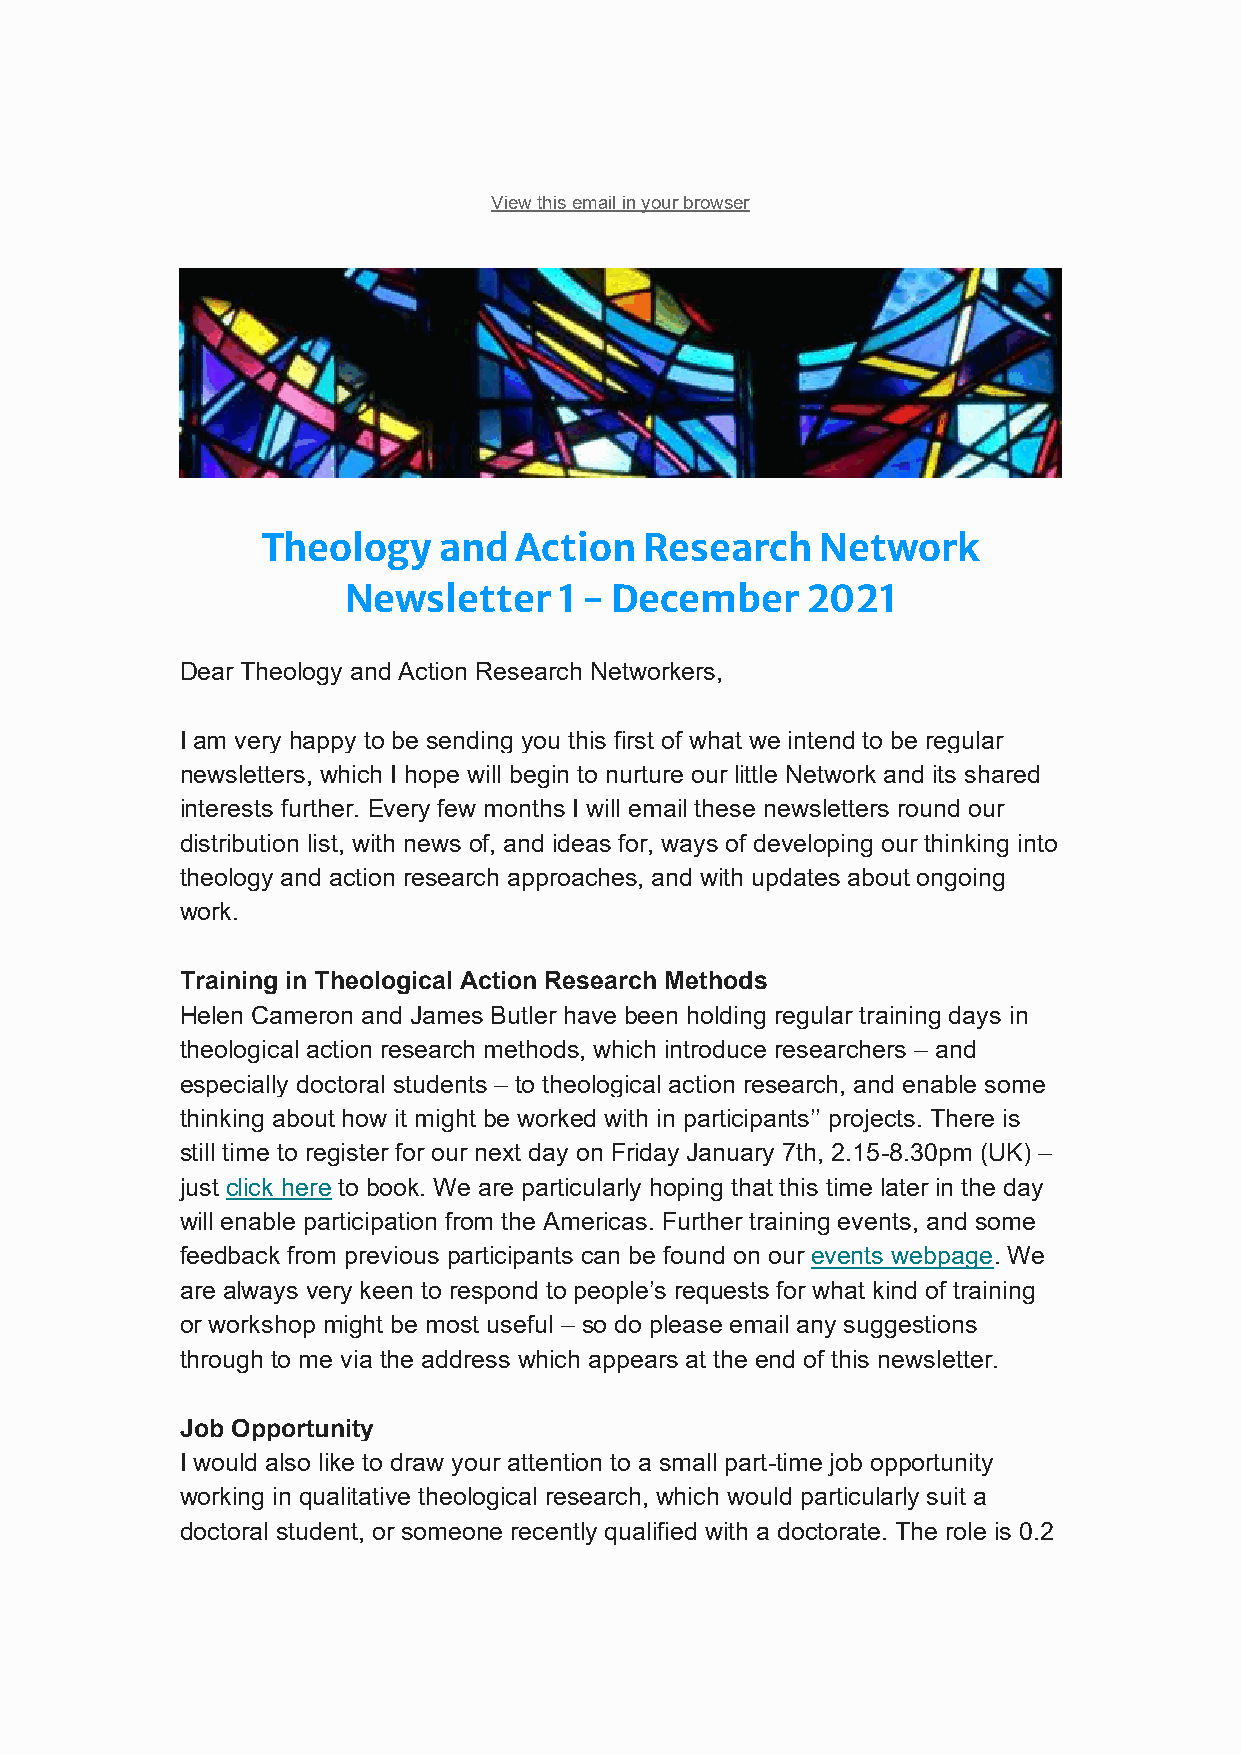
View this email in your browser
 Theology    and  Action   Research   Network
 Newsletter    1 - December    2021
 Dear Theology and Action Research Networkers,
 I am very happy to be sending you this first of what we intend to be regular
 newsletters, which I hope will begin to nurture our little Network and its shared
 interests further. Every few months I will email these newsletters round our
 distribution list, with news of, and ideas for, ways of developing our thinking into
 theology and action research approaches, and with updates about ongoing
 work.
 Training in Theological Action Research Methods
 Helen Cameron and James Butler have been holding regular training days in
 theological action research methods, which introduce researchers – and
 especially doctoral students – to theological action research, and enable some
 thinking about how it might be worked with in participants’’ projects. There is
 still time to register for our next day on Friday January 7th, 2.15-8.30pm (UK) –
 just click here to book. We are particularly hoping that this time later in the day
 will enable participation from the Americas. Further training events, and some
 feedback from previous participants can be found on our events webpage. We
 are always very keen to respond to people’s requests for what kind of training
 or workshop might be most useful – so do please email any suggestions
 through to me via the address which appears at the end of this newsletter.
 Job Opportunity
 I would also like to draw your attention to a small part-time job opportunity
 working in qualitative theological research, which would particularly suit a
 doctoral student, or someone recently qualified with a doctorate. The role is 0.2